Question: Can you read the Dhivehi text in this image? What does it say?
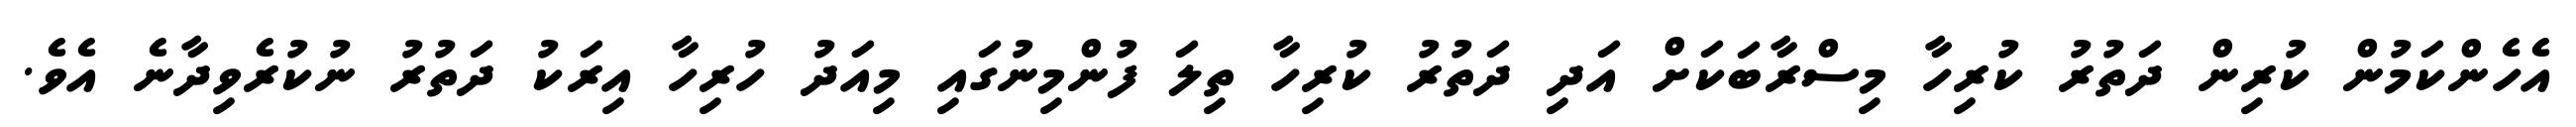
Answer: އެހެންކަމުން ކުރިން ދަތުރު ކުރިހާ މިސްރާބަކަށް އަދި ދަތުރު ކުރިހާ ތިލަ ފުންމިނުގައި މިއަދު ހުރިހާ އިރަކު ދަތުރު ނުކުރެވިދާނެ އެވެ.